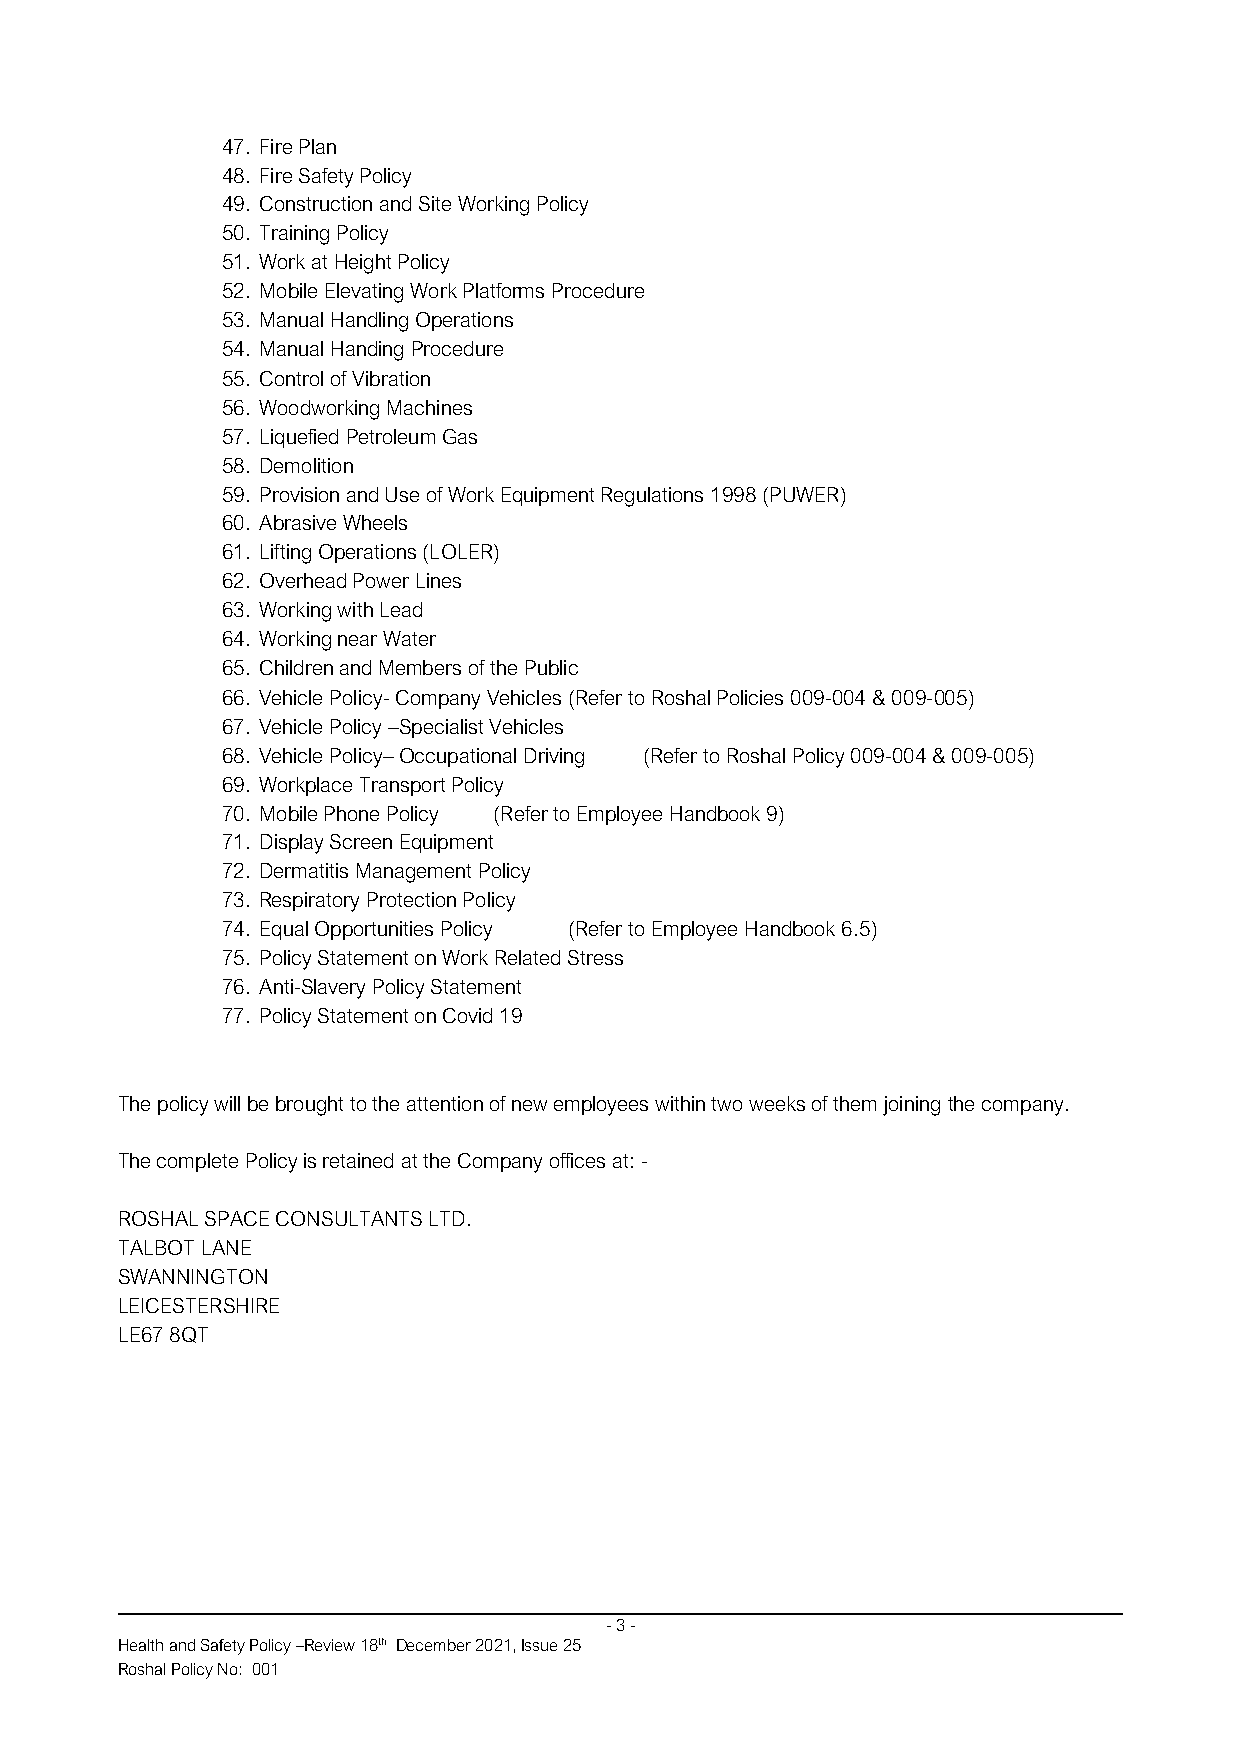
47. Fire Plan
 48. Fire Safety Policy
 49. Construction and Site Working Policy
 50. Training Policy
 51. Work at Height Policy
 52. Mobile Elevating Work Platforms Procedure
 53. Manual Handling Operations
 54. Manual Handing Procedure
 55. Control of Vibration
 56. Woodworking Machines
 57. Liquefied Petroleum Gas
 58. Demolition
 59. Provision and Use of Work Equipment Regulations 1998 (PUWER)
 60. Abrasive Wheels
 61. Lifting Operations (LOLER)
 62. Overhead Power Lines
 63. Working with Lead
 64. Working near Water
 65. Children and Members of the Public
 66. Vehicle Policy- Company Vehicles (Refer to Roshal Policies 009-004 & 009-005)
 67. Vehicle Policy –Specialist Vehicles
 68. Vehicle Policy– Occupational Driving (Refer to Roshal Policy 009-004 & 009-005)
 69. Workplace Transport Policy
 70. Mobile Phone Policy (Refer to Employee Handbook 9)
 71. Display Screen Equipment
 72. Dermatitis Management Policy
 73. Respiratory Protection Policy
 74. Equal Opportunities Policy (Refer to Employee Handbook 6.5)
 75. Policy Statement on Work Related Stress
 76. Anti-Slavery Policy Statement
 77. Policy Statement on Covid 19
 The policy will be brought to the attention of new employees within two weeks of them joining the company.
 The complete Policy is retained at the Company offices at: -
 ROSHAL SPACE CONSULTANTS LTD.
 TALBOT LANE
 SWANNINGTON
 LEICESTERSHIRE
 LE67 8QT
 - 3 -
 Health and Safety Policy –Review 18th December 2021, Issue 25
 Roshal Policy No: 001